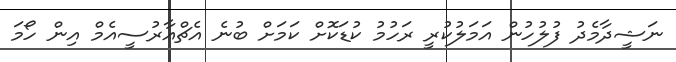
ނަޝީދާމެދު ފުލުހުން އަމަލުކުރީ ރަހުމު ކުޑަކޮށް ކަމަށް ބުނެ އެޗްއާރުސީއެމް އިން ހޯމަ